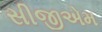
સીજીએમ